Vaccination in Burma 1920-1933 - 1920-1933
Year: 1920
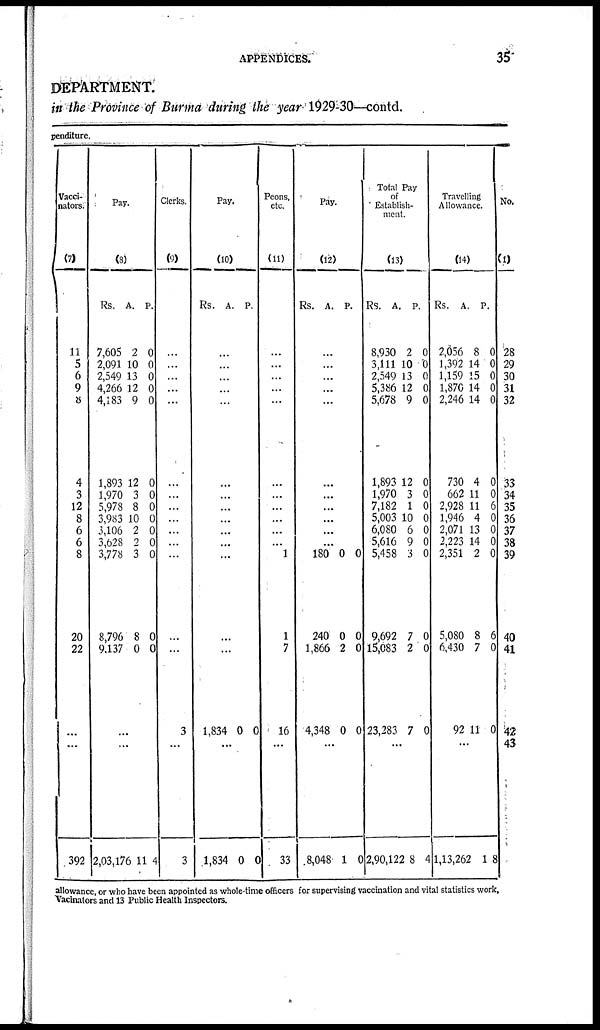
APPENDICES.
35
DEPARTMENT.
in the Province of Burma during the year 1929-30—contd.
penditure.
Vacci-
nators.
(7)
11
5
6
7
8
4
3
12
8
6
6
8
20
22
...
...
392
Pay.
(8)
Rs.
7,605
2,091
2,549
4,266
4,183
1,893
1,970
5,978
3,983
3,106
3,628
3,778
8,796
9,137
A.
2
10
13
12
9
12
3
8
10
2
2
3
8
0
P.
0
0
0
0
0
0
0
0
0
0
0
0
0
0
...
...
2,03,176 11 4
Clerks.
(9)
...
...
...
...
...
...
...
...
...
...
...
...
...
...
3
...
3
Pay.
(10)
Rs.
A. P.
...
...
...
...
...
...
...
...
...
...
...
...
...
...
1,834 0 0
...
1,834 0 0
Peons,
etc.
(11)
...
...
...
...
...
...
...
...
...
...
...
1
1
7
16
...
33
Pay.
(12)
Rs.
A.
P.
...
...
...
...
...
...
...
...
...
...
...
180
240
1,866
4,348
0
0
2
0
0
0
0
0
...
8,048 1 0
Total Pay
of
Establish-
ment.
(13)
Rs.
8,930
3,111
2,549
5,386
5,678
1,893
1,970
7,182
5,003
6,080
5,616
5,458
9,692
15,083
23,283
A.
2
10
13
12
9
12
3
1
10
6
9
3
7
2
7
P.
0
0
0
0
0
0
0
0
0
0
0
0
0
0
0
...
2,90,122 8 4
Travelling
Allowance.
(14)
Rs.
2,056
1,392
1,159
1,870
2,246
730
662
2,928
1,946
2,071
2,223
2,351
5,080
6,430
92
A.
8
14
15
14
14
4
11
11
4
13
14
2
8
7
11
P.
0
0
0
0
0
0
0
6
0
0
0
0
6
0
0
...
1,13,262 1 8
No.
(1)
28
29
30
31
32
33
34
35
36
37
38
39
40
41
42
43
allowance, or who have been appointed as whole-time officers for supervising vaccination and vital statistics work,
Vacinators and 13 Public Health Inspectors.